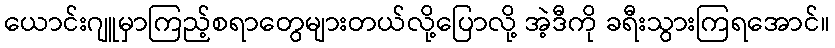
ယောင်းဂျူမှာကြည့်စရာတွေများတယ်လို့ပြောလို့ အဲ့ဒီကို ခရီးသွားကြရအောင်။